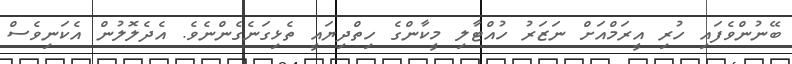
ބޭނުންވެފައި ހުރި އީރަމްއަށް ނަޒަރު ހުއްޓާލި މީކާންގެ ހިތްދިޔައީ ތެޅިގަނެގެންނެވެ. އެދެލޮލުން އެކަނިވެސް